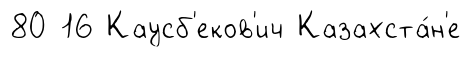
80 16 Каусб'еков'ич Казахста́н'е